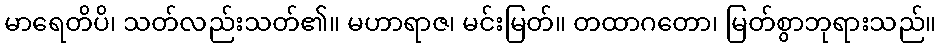
မာရေတိပိ၊ သတ်လည်းသတ်၏။ မဟာရာဇ၊ မင်းမြတ်။ တထာဂတော၊ မြတ်စွာဘုရားသည်။